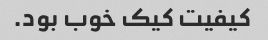
کیفیت کیک خوب بود.